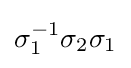
\sigma _{1}^{-1}\sigma _{2}\sigma _{1}